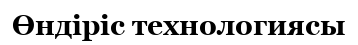
Өндіріс технологиясы